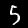
Label: 5